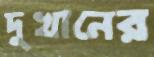
দুখানের